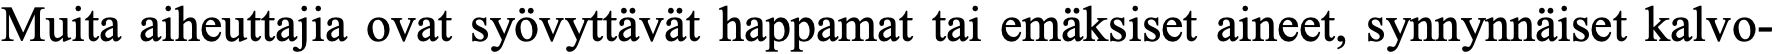
Muita aiheuttajia ovat syövyttävät happamat tai emäksiset aineet, synnynnäiset kalvo-